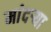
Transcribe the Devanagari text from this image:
मांदऱ्या